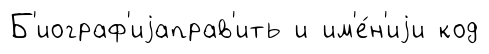
Б'иограф'иjаправ'ить и им'е́н'иjи код